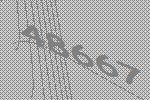
48667